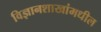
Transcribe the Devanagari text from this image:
विज्ञानशाखांमधील